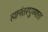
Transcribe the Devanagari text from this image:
त्यानंतरपुण्यात